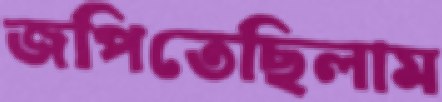
জপিতেছিলাম